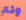
ونتر